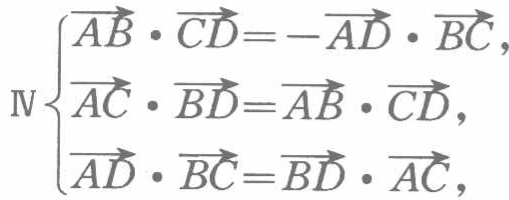
\[\mathrm{IV}\begin{cases}
\overrightarrow{AB}\cdot\overrightarrow{CD}=-\overrightarrow{AD}\cdot\overrightarrow{BC},\\
\overrightarrow{AC}\cdot\overrightarrow{BD}=\overrightarrow{AB}\cdot\overrightarrow{CD},\\
\overrightarrow{AD}\cdot\overrightarrow{BC}=\overrightarrow{BD}\cdot\overrightarrow{AC},
\end{cases}\]